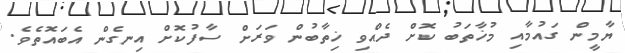
ޔާމީން ގައުމާއި މުޚާތަބު ކޮށް ދެއްވި ޚިތާބުން ވަރަށް ސާފުކޮށް އިނގެން އެބައޮތެވެ.